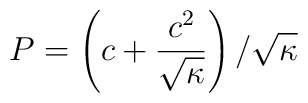
P = \left( c + \frac{c^2}{\sqrt{\kappa}} \right)/\sqrt{\kappa}